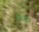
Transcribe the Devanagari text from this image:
छूता।